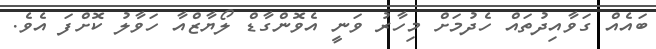
ބައެއް ގަވާއިދުތައް ހެދުމަށް މިހާރު ވަނީ އެވޮންގާޑް ލޯޔާޒްއާ ހަވާލު ކޮށްފަ އެވެ.